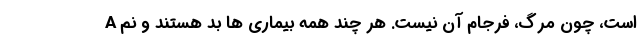
A است، چون مرگ، فرجام آن نیست. هر چند همه بیماری ها بد هستند و نم